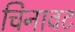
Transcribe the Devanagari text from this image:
चिनावट